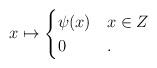
LaTeX: \begin{align*}x \mapsto \begin{cases}\psi(x) & x \in Z \\0 & .\end{cases}\end{align*}